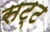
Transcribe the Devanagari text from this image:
सट्ट